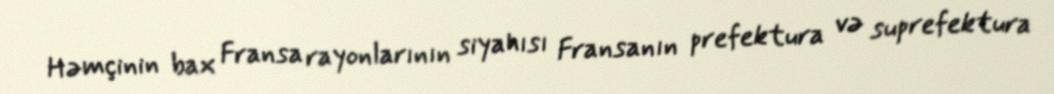
Həmçinin bax Fransa rayonlarının siyahısı Fransanın prefektura və suprefektura